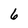
Character: 6